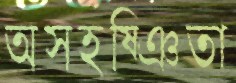
অসহষ্ঞিতা